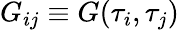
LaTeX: G_{ij}\equiv G(\tau_{i},\tau_{j})